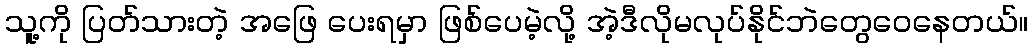
သူ့ကို ပြတ်သားတဲ့ အဖြေ ပေးရမှာ ဖြစ်ပေမဲ့လို့ အဲ့ဒီလိုမလုပ်နိုင်ဘဲတွေဝေနေတယ်။